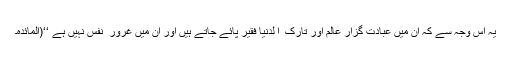
یہ اس وجہ سے کہ اُن میں عبادت گزار عالِم اور تارک ُ ا لدُّنیا فقیر پائے جاتے ہیں اور اُن میں غرور ِ نفس نہیں ہے ‘‘(المائدہ۔